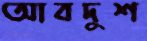
আবদুশ